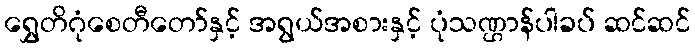
ရွှေတိဂုံစေတီတော်နှင့် အရွယ်အစားနှင့် ပုံသဏ္ဌာန်ပါခပ် ဆင်ဆင်